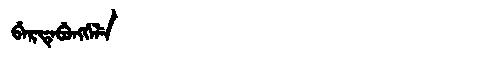
Manchu: ᠪᡝᡵᡨᡝᠪᡠᠩᡤᡝᠯᡝ
Romanization: BERTEBUNGGELE